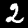
Label: 2